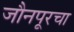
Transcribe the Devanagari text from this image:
जौनपूरचा